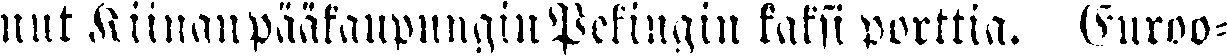
nut Kiinan pääkaupungin Pekingin kaksi porttia. Euroo-